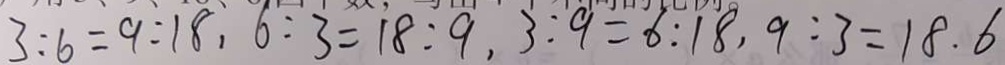
3 : 6 = 9 : 1 8 . 6 : 3 = 1 8 : 9 . 3 : 9 = 6 : 1 8 . 9 : 3 = 1 8 . 6